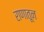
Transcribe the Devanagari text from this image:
राणातून